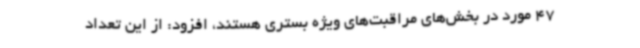
47 مورد در بخش‌های مراقبت‌های ویژه بستری هستند، افزود: از این تعداد